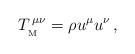
LaTeX: \begin{align*} T_{_{\rm M}}^{\,\mu\nu}=\rho u^\mu u^\nu\, ,\end{align*}